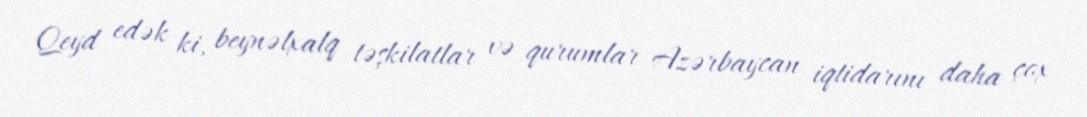
Qeyd edək ki, beynəlxalq təşkilatlar və qurumlar Azərbaycan iqtidarını daha çox